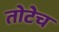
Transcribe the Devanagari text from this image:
तोटेच